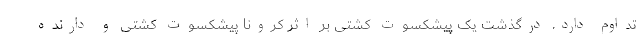
تداوم دارد. درگذشت یک پیشکسوت کشتی بر اثر کرونا پیشکسوت کشتی و دارنده